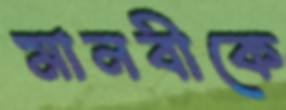
মানবীকে